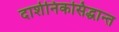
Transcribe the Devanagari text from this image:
दार्शनिकसिद्धान्त